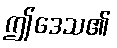
ဤဒေသ၏